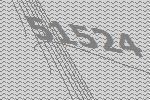
51524